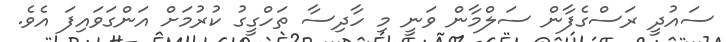
ސައުދީ ރަސްގެފާން ސަލްމާން ވަނީ މި ހާދިސާ ތަހްގީގު ކުރުމަށް އަންގަވައިފަ އެވެ.